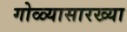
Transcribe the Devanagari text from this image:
गोळ्यासारख्या